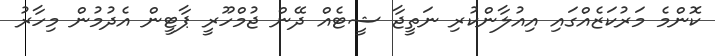
ކޮންމެ މަރުކަޒެއްގައި އިއުލާންކުރި ނަތީޖާ ޝީޓެއް ދޭން ޖުމްހޫރީ ޕާޓީން އެދުމުން މިހާރު